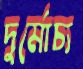
দুর্মোচ্য